Vaccination North-Western Provinces 1866-1877 - 1866-1877
Year: 1866
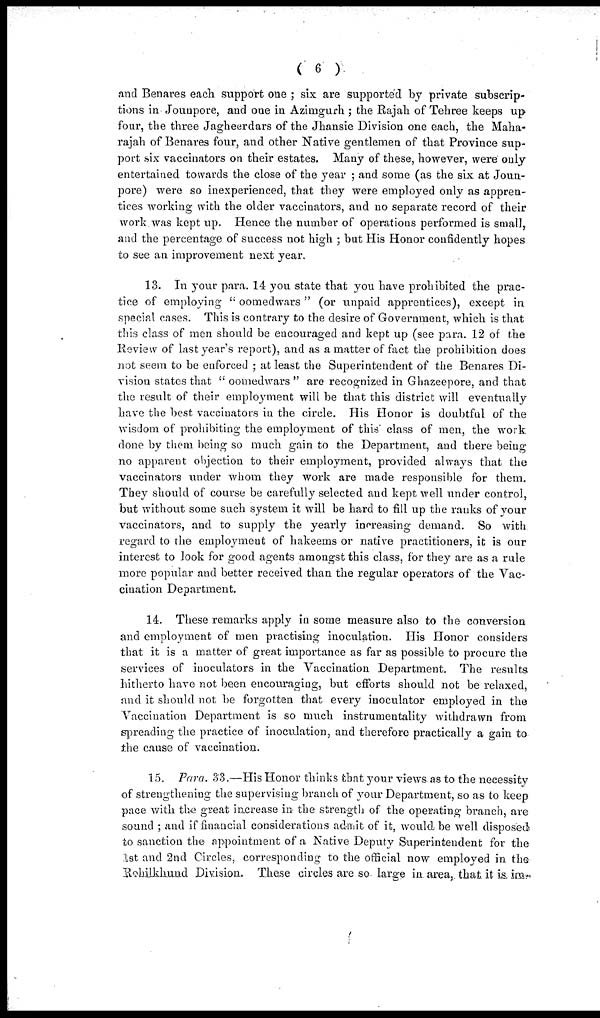
( 6 )
and Benares each support one ; six are supported by private subscrip-
tions in Jounpore, and one in Azimgurh ; the Rajah of Tehree keeps up
four, the three Jagheerdars of the Jhansie Division one each, the Maha-
rajah of Benares four, and other Native gentlemen of that Province sup-
port six vaccinators on their estates. Many of these, however, were only
entertained towards the close of the year ; and some (as the six at Joun-
pore) were so inexperienced, that they were employed only as appren-
tices working with the older vaccinators, and no separate record of their
work was kept up. Hence the number of operations performed is small,
and the percentage of success not high ; but His Honor confidently hopes
to see an improvement next year.
13. In your para. 14 you state that you have prohibited the prac-
tice of employing " oomeclwars " (or unpaid apprentices), except in
special cases. This is contrary to the desire of Government, which is that
this class of men should be encouraged and kept up (see para. 12 of the
Review of last year's report), and as a matter of fact the prohibition does
not seem to be enforced ; at least the Superintendent of the Benares Di-
vision states that " oomedwars " are recognized in Ghazeepore, and that
the result of their employment will be that this district will eventually
have the best vaccinators in the circle. His Honor is doubtful of the
wisdom of prohibiting the employment of this class of men, the work
done by them being so much gain to the Department, and there being
no apparent objection to their employment, provided always that the
vaccinators under whom they work are made responsible for them.
They should of course be carefully selected and kept well under control,
but without some such system it will be hard to fill up the ranks of your
vaccinators, and to supply the yearly increasing demand. So with
regard to the employment of hakeems or native practitioners, it is our
interest to look for good agents amongst this class, for they are as a rule
more popular and better received than the regular operators of the Vac-
cination Department.
14. These remarks apply in some measure also to the conversion
and employment of men practising inoculation. His Honor considers
that it is a matter of great importance as far as possible to procure the
services of inoculators in the Vaccination Department. The results
hitherto have not been encouraging, but efforts should not be relaxed,
and it should not be forgotten that every inoculator employed in the
Vaccination Department is so much instrumentality withdrawn from
spreading the practice of inoculation, and therefore practically a gain to
the cause of vaccination.
15. Para. 33.—His Honor thinks that your views as to the necessity
of strengthening the supervising branch of your Department, so as to keep
pace with the great increase in the strength of the operating branch, are
sound ; and if financial considerations admit of it, would be well disposed
to sanction the appointment of a Native Deputy Superintendent for the
1st and 2nd Circles, corresponding to the official now employed in the
Rohilkhund. Division. These circles are so large in area, that it is im